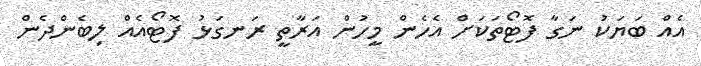
އެއް ބަޔަކު ނަގާ ފޮޓޯތަަަކަށް އެހެން މީހުން އަރާތީ ރަނގަޅު ފޮޓޯއެއް ލިބެންދެން